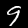
Digit: 9